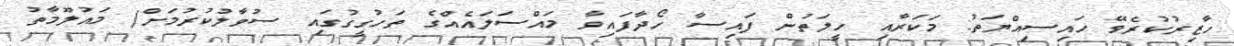
ހާޒިރުކުރެވޭ ހައިސިއްޔަތު: މަކަރާއި ހީލަތުން ފައިސާ ހޯދާފައިވާ މައްސަލައެއްގެ ތަހުގީގުގައި ސުވާލުކުރުމަށް/ މައުލޫމާތު